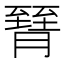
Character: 𦠮